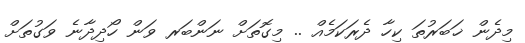
މިދެން ޚަބަރުތަ ކިހާ ދެރަކަމެއް .. މިގޮތަށް ނަންބަރ ވަން ހޯދިދާނެ ވަގުތަށް